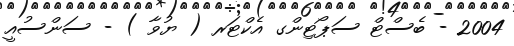
2004 - ބެސްޓް ސަޕޯޓިންގ އެކްޓަރ ( ޔުވާ ) - ސަންސުއީ